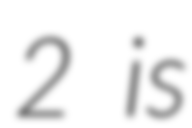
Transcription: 2 is